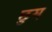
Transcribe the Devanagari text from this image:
छुम